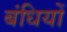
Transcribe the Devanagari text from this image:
बंधियों